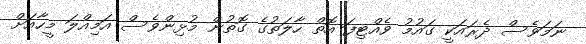
ނަމަވެސް ދެރައަކީ ގައުމު ވެއްޓިފަ އޮތް ހާލަތުގެ ގޮތުން މުޅިންވެސް އަމިއްލަ މީހާއަށް